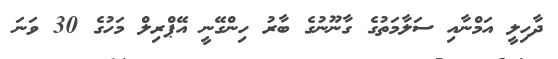
ދާހިލީ އަމްނާއި ސަލާމަތުގެ ގާނޫނުގެ ބާރު ހިންގޭނީ އޭޕްރިލް މަހުގެ 30 ވަނަ